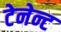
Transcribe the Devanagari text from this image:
टेनेन्ट